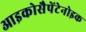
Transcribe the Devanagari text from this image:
आइकोसैपेंटेनोइक